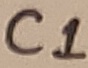
Text: C1